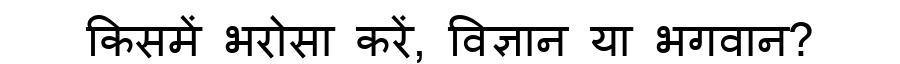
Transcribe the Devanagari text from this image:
किसमें भरोसा करें, विज्ञान या भगवान?